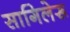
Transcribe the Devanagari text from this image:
सागिलेरू